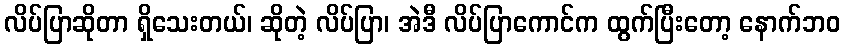
လိပ်ပြာဆိုတာ ရှိသေးတယ်၊ ဆိုတဲ့ လိပ်ပြာ၊ အဲဒီ လိပ်ပြာကောင်က ထွက်ပြီးတော့ နောက်ဘဝ